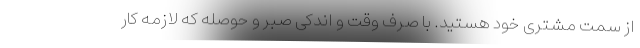
از سمت مشتری خود هستید. با صرف وقت و اندکی صبر و حوصله که لازمه کار